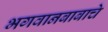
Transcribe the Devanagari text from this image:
भगवानबाबाचे